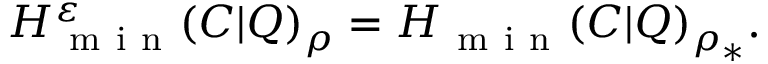
H _ { \mathrm { ~ m ~ i ~ n ~ } } ^ { \varepsilon } ( C | Q ) _ { \rho } = H _ { \mathrm { ~ m ~ i ~ n ~ } } ( C | Q ) _ { \rho _ { \ast } } .